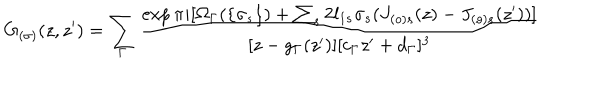
G _ { ( \sigma ) } ( z , z ^ { \prime } ) = \sum _ { \Gamma } \frac { \exp \pi i [ \Omega _ { \Gamma } ( \{ \sigma _ { s } \} ) + \sum _ { s } 2 l _ { 1 s } \sigma _ { s } ( J _ { ( o ) s } ( z ) - J _ { ( o ) s } ( z ^ { \prime } ) ) ] } { [ z - g _ { \Gamma } ( z ^ { \prime } ) ] [ c _ { \Gamma } z ^ { \prime } + d _ { \Gamma } ] ^ { 3 } }